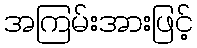
အကြမ်းအားဖြင့်